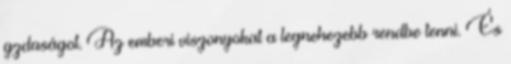
gzdaságot. Az emberi viszonyokat a legnehezebb rendbe tenni. És